Annual administration and progress report of the Indian Medical Department, Bombay
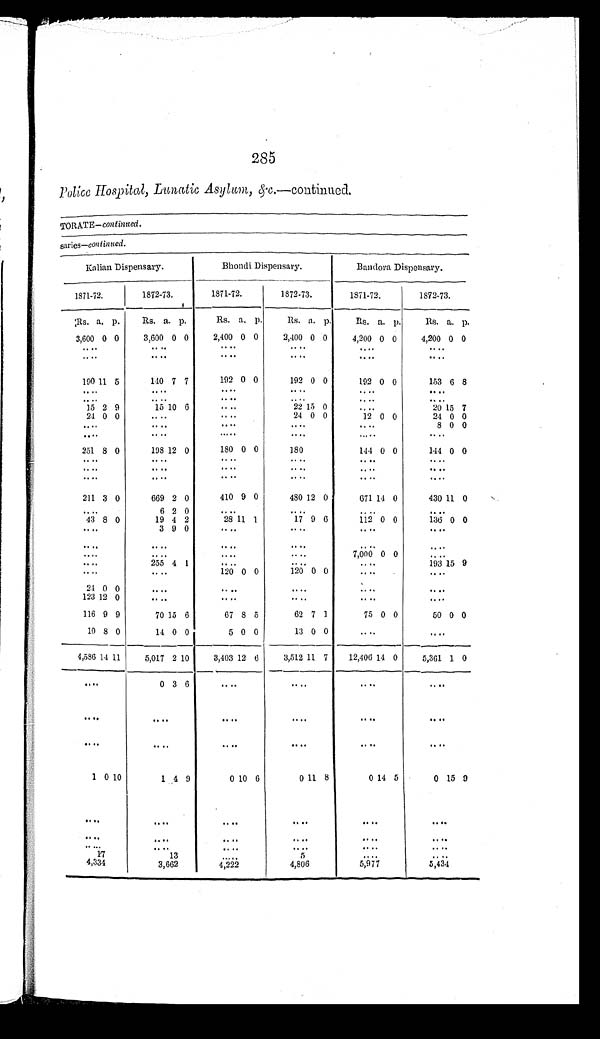
285
Police Hospital, Lunatic Asylum,&c .—continued.
TORATE- continued.
saries-continued.
Kalian Dispensary.
Bhondi Dispensary.
Bandora Dispensary.
1871-72.
1872-73.
1871-72.
1872-73.
1871-72.
1872-73.
Rs. a. p.
Rs. a. p.
Rs. a. p.
Rs. a. p.
R s .
a. p.
Rs. a. p.
3,600 0 0
3,600 0 0
2,400 0 0
2,400 0 0
4,200 0 0
4,200 0 0
. . .
. . .
. . .
. . .. . .
. . .
. . .
. . .
. . .
. . .
. . .
. . .
190 11 5
140 7 7
192 0 0
192 0 0
192 0 0
153 6 8
. . .
. . .
. . .
. . .
. . .
. . .
. . .
. . .
. . .
. . .
. . .
. . .
15 2 9
15 10 6
. . .
22 15 0
. . .
20 15 7
24 0 0
. . .
. . .
24 0 0
12 0 0
24 0 0
. . .
. . .
. . .
. . .
. . .
8 0 0
. . .
. . .
. . .
. . .
. . .
. . .
251 8 0
198 12 0
180 0 0
180
144 0 0
144 0 0
. . .
. . .
. . .
. . .
. . .
. . .
. . .
. . .
. . .
. . .
. . .
. . .
. . .
. . .
. . .
. . .
. . .
. . .
211 3 0
669 2 0
410 9 0
480 12 0
671 14 0
430 11 0
. . .
6 2 0
. . .
. . .
. . .
. . .
43 8 0
19 4 2
28 11 1
17 9 6
112 0 0
136 0 0
. . .
3 9 0
. . .
. . .
. . .
. . .
. . .
. . .
. . .
. . .
. . .
. . .
. . .
. . .
. . .
. . .
7,000 0 0
. . .
. . .
255 4 1
. . .
. . .
. . .
193 15 9
. . .
. . .
120 0 0
120 0 0
. . .
. . .
24 0 0
. . .
. . .
. . .
. . .
. . .
123 12 0
. . .
. . .
. . .
. . .
. . .
116 9 9
70 15 6
67 8 5
62 7 1
75 0 0
50 0 0
10 8 0
14 0 0
5 0 0
13 0 0
. . .
. . .
4,586 14 11
5,017 2 10
3,403 12 6
3,512 11 7
12,406 14 0
5,361 1 0
. . .
0 3 6
. . .
. . .
. . .
. . .
. . .
. . .
. . .
. . .
. . .
. . .
. . .
. . .
. . .
. . .
. . .
. . .
1
0 10
1 4 9
010 6
0
11 8
0
1 4 5
0 15 9
. . .
. . .
. . .
. . .
. . .
. . .
. . .
. . .
. . .
. . .
. . .
. . .
. . .
. . .
. . .
. . .
. . .
. . .
17
13
. . .
5
. . .
. . .
4,334
3,662
4,222
4,806
5,977
5,434